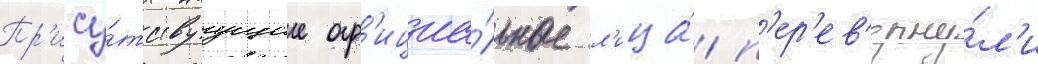
Пр'ису́тствуущие оф'ициа́льные л'ица́ п'ер'ев'ерну́л'и